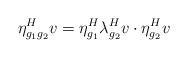
LaTeX: \begin{align*}\eta^H_{g_1g_2}v = \eta^H_{g_1}\lambda^H_{g_2}v \cdot \eta^H_{g_2}v\end{align*}